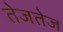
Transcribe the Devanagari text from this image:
तेजतेज